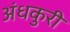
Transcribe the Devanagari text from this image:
अंधकुरी